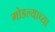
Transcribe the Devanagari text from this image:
मोडल्याच्या